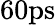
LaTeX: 60\mathrm{ps}